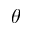
\theta